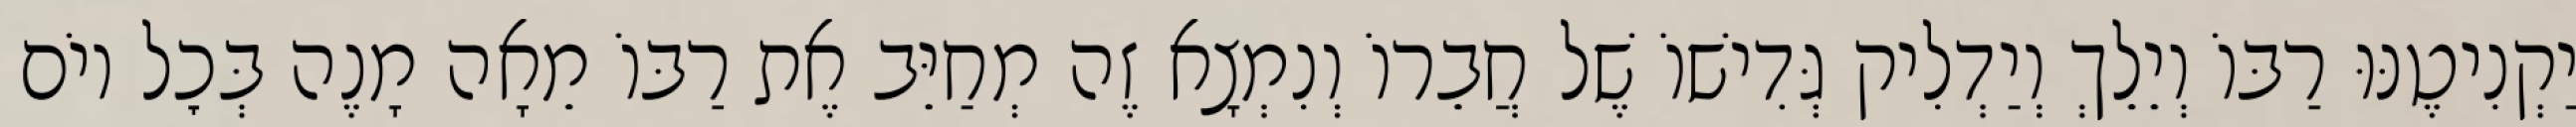
יַקְנִיטֶנּוּ רַבּוֹ וְיֵלֵךְ וְיַדְלִיק גְּדִישׁוֹ שֶׁל חֲבֵרוֹ וְנִמְצָא זֶה מְחַיֵּב אֶת רַבּוֹ מֵאָה מָנֶה בְּכׇל יוֹם